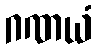
ဂဏယံ